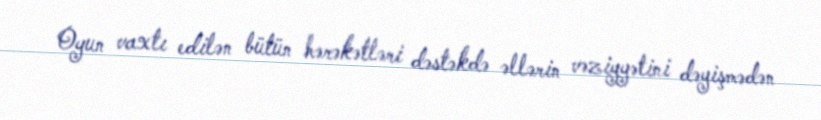
Oyun vaxtı edilən bütün hərəkətləri dəstəkdə əllərin vəziyyətini dəyişmədən